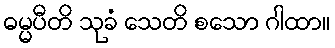
ဓမ္မပီတိ သုခံ သေတိ စသော ဂါထာ။